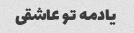
یادمه تو عاشقی